Report on vaccination North-West Frontier Province 1904-1922 - 1904-1922
Year: 1904
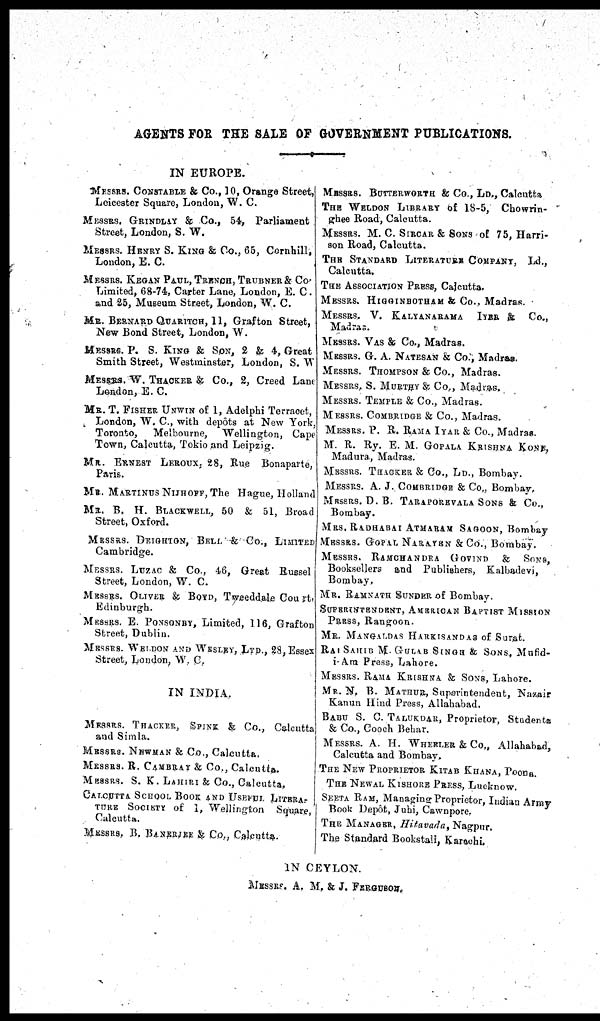
AGENTS FOR THE SALE OF GOVERNMENT PUBLICATIONS.
IN EUROPE.
MESSRS. CONSTABLE & Co., 10, Orange Street,
Leicester Square, London, W. C.
MESSRS. GRINDLAY & Co., 54, Parliament
Street, London, S. W.
MESSRS HENRY S. KING & Co., 65, Cornhill.
London, E. C.
MESSRS. KEGAN PAUL, TRENCH, TRUBNER& Co
Limited, 68-74, Carter Lane, London, E. C.
and 25, Museum Street, London, W. C.
MR BERNARD QUARTHCH, 11, Grafton Street,
New Bond Street, London, W.
MESSRS. P. S. KING & SON, 2 & 4, Great
Smith Street, Westminster, London, S. W
MESSRS. W. THACKER & Co., 2, Creed Lane
London, E. C.
MR. T. FISHER UNWIN of 1, Adetphi Terracct,
London, W. C , with depôts at New York,
Toronto,
Melbourne, Wellington, Cape
Town, Calcutta, Tokio and Leipzig.
MR. ERNEST LEROUX, 28, Rue Bonaparte,
Paris.
MR. MARTINUS NIJHOFF,The Hague, Holland
MR. B. H. BLACKWELL, 50 & 51, Broad
Street, Oxford.
MESSRS DEIGHTON, BELL & Co., LIMITED
Cambridge.
MESSRS LUZAC & Co, 46, Great Russel
Street, London, W. C.
MESSRS. OLIVER & BOID, Tweeddale Court.
Edinburgh.
MESSRS E PONSONBY, Limited, 116, Grafton
Street, Dublin.
MESSRS WELDON AND WESLEY, LTD, 28, Essex
Street, London, W C.
IN INDIA.
MESSRS. TRACKER, SPINK & Co., Calcutta
and Simla.
MESSRS. NEWMAN & Co., Calcutta.
MESSRS. R. CAMBRAY & Co., Calcutta.
MESSRS. S. K. LAHIRI & Co., Calcutta.
CALCUTTA SCHOOL BOOK AND USEFUL LITERA¬
TURE SOCIETY of 1, Wellington Square,
Calcutta.
MESSRS, B. BANERJEE & Co., Calcutta.
MESSRS. BUTTERWORTH & Co., LD., Calcutta
THE WELDON LIBRARY of 18-5, Chowrin¬
ghee Road, Calcutta.
MESSRS. M. C. SIRCAR & SONS of 75, Harri-
son Road, Calcutta.
THE STANDARD LITERATURE COMPANY, Ld.,
Calcutta.
THE ASSOCIATION PRESS, Calcutta.
MESSRS. HIGGINBOTHAM & Co., Madras.
MESSRS. V. KALYANARAMA IYAR & Co.,
Madras.
MESSRS. VAS & Co., Madrag.
MESSRS. G. A. NATESAN & Co., Madras.
MESSRS. THOMPSON & Co., Madras.
MESSRS, S. MURTHY & Co., Madras,
MESSRS. TEMPLE & Co., Madras.
MESSRS. COMBRIDGE & Co., Madras.
MESSRS. P. R. RAMA IYAR & Co., Madras.
M. R. Ry. E. M. GOPALA KRISHNA KONS,
Madura, Madras.
MESSRS. TRACKER & Co., LD., Bombay.
MESSRS. A. J. COMERIDGE & Co., Bombay.
MESSRS. D. B. TARAPOREVALA SONS & Co.,
Bombay.
MRS. RADHABAI ATMARAM SAGOON, Bombay
MESSRS. GOPAL NARATEN & Co., Bombay.
MESSRS. RAMCHANDRA GOVIND & SONS,
Booksellers and Publishers, Kulbadevi,
Bombay,
MR. RAMNATH SUNDER of Bombay.
SUPERINTENDENT, AMERICAN BAPTIST MISSION
PRESS, Rangoon.
MR. MANGALDAS HARKISANDAS of Surat.
RAI SAHIB M.GULAB SINGH & SONS, Mufid¬
i-Am Press, Lahore.
MESSRS. RAMA KRISHNA & SONS, Lahore.
MR. N, B. MATHUR, Superintendent, Nazair
Kanun Hind Press, Allahabad.
BABU S. C. TALUKDAR, Proprietor, Students
& Co., Cooch Behar.
MESSRS. A. H. WHERLER & Co., Allahabad,
Calcutta and Bombay.
THE NEW PROPRIETOR KITAB KHANA, POONA.
THE NEWAL KISHORE PRESS, Lucknow.
SEETA RAM, Managing Proprietor, Indian Army
Book Depôt, Juhi, Cawnpore.
THE MANAGER, Hitavada , Nagpur,
The Standard Bookstall, Karachi
IN CEYLON.
MESSRS. A. M, & J, FERGUSON.